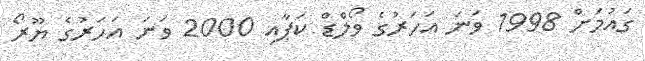
ގައުމަށް 1998 ވަނަ އަހަރުގެ ވޯލްޑް ކަޕާއި 2000 ވަނަ އަހަރުގެ ޔޫރޯ